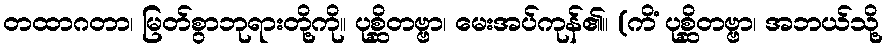
တထာဂတာ၊ မြတ်စွာဘုရားတို့ကို။ ပုစ္ဆိတဗ္ဗာ၊ မေးအပ်ကုန်၏။ (ကိံ ပုစ္ဆိတဗ္ဗာ၊ အဘယ်သို့